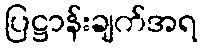
ပြဋ္ဌာန်းချက်အရ